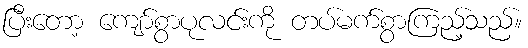
ပြီးတော့ ကျော်စွာပုလင်းကို တပ်မက်စွာကြည့်သည်။